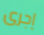
إجرى